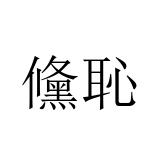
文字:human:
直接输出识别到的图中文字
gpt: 儵恥